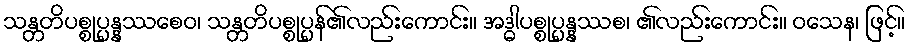
သန္တတိပစ္စုပ္ပန္နဿစေဝ၊ သန္တတိပစ္စုပ္ပန်၏လည်းကောင်း။ အဒ္ဓါပစ္စုပ္ပန္နဿစ၊ ၏လည်းကောင်း။ ဝသေန၊ ဖြင့်။